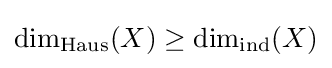
\dim _{\mathrm {Haus} }(X)\geq \dim _{\operatorname {ind} }(X)